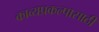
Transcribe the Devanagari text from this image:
काव्यप्रकल्पासाठी